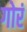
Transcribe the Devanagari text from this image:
गोरं